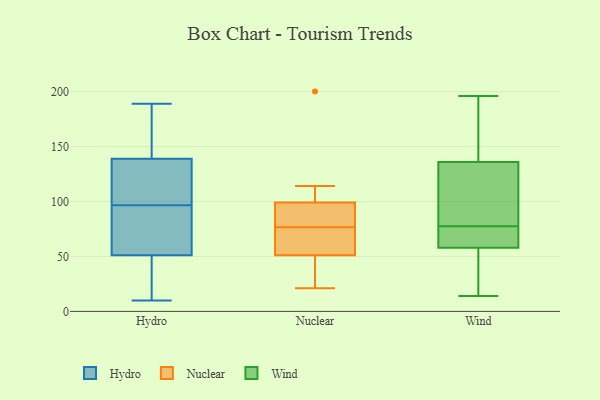
{"axis": {"x": "Bounce Rate (%)", "y": "Value"}, "legend": ["Hydro", "Nuclear", "Wind"], "data": [{"x": "", "y": 38, "type": "Hydro"}, {"x": "", "y": 82, "type": "Hydro"}, {"x": "", "y": 139, "type": "Hydro"}, {"x": "", "y": 96, "type": "Hydro"}, {"x": "", "y": 140, "type": "Hydro"}, {"x": "", "y": 137, "type": "Hydro"}, {"x": "", "y": 64, "type": "Hydro"}, {"x": "", "y": 189, "type": "Hydro"}, {"x": "", "y": 51, "type": "Hydro"}, {"x": "", "y": 97, "type": "Hydro"}, {"x": "", "y": 146, "type": "Hydro"}, {"x": "", "y": 145, "type": "Hydro"}, {"x": "", "y": 10, "type": "Hydro"}, {"x": "", "y": 12, "type": "Hydro"}, {"x": "", "y": 116, "type": "Hydro"}, {"x": "", "y": 52, "type": "Hydro"}, {"x": "", "y": 31, "type": "Hydro"}, {"x": "", "y": 134, "type": "Hydro"}, {"x": "", "y": 51, "type": "Nuclear"}, {"x": "", "y": 88, "type": "Nuclear"}, {"x": "", "y": 114, "type": "Nuclear"}, {"x": "", "y": 200, "type": "Nuclear"}, {"x": "", "y": 46, "type": "Nuclear"}, {"x": "", "y": 80, "type": "Nuclear"}, {"x": "", "y": 99, "type": "Nuclear"}, {"x": "", "y": 48, "type": "Nuclear"}, {"x": "", "y": 71, "type": "Nuclear"}, {"x": "", "y": 80, "type": "Nuclear"}, {"x": "", "y": 56, "type": "Nuclear"}, {"x": "", "y": 73, "type": "Nuclear"}, {"x": "", "y": 21, "type": "Nuclear"}, {"x": "", "y": 106, "type": "Nuclear"}, {"x": "", "y": 21, "type": "Wind"}, {"x": "", "y": 153, "type": "Wind"}, {"x": "", "y": 146, "type": "Wind"}, {"x": "", "y": 196, "type": "Wind"}, {"x": "", "y": 135, "type": "Wind"}, {"x": "", "y": 118, "type": "Wind"}, {"x": "", "y": 62, "type": "Wind"}, {"x": "", "y": 137, "type": "Wind"}, {"x": "", "y": 14, "type": "Wind"}, {"x": "", "y": 79, "type": "Wind"}, {"x": "", "y": 76, "type": "Wind"}, {"x": "", "y": 15, "type": "Wind"}, {"x": "", "y": 62, "type": "Wind"}, {"x": "", "y": 91, "type": "Wind"}, {"x": "", "y": 54, "type": "Wind"}, {"x": "", "y": 67, "type": "Wind"}]}